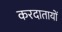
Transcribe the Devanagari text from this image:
करदातायों